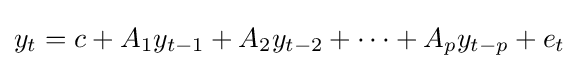
y_{t}=c+A_{1}y_{t-1}+A_{2}y_{t-2}+\cdots +A_{p}y_{t-p}+e_{t}